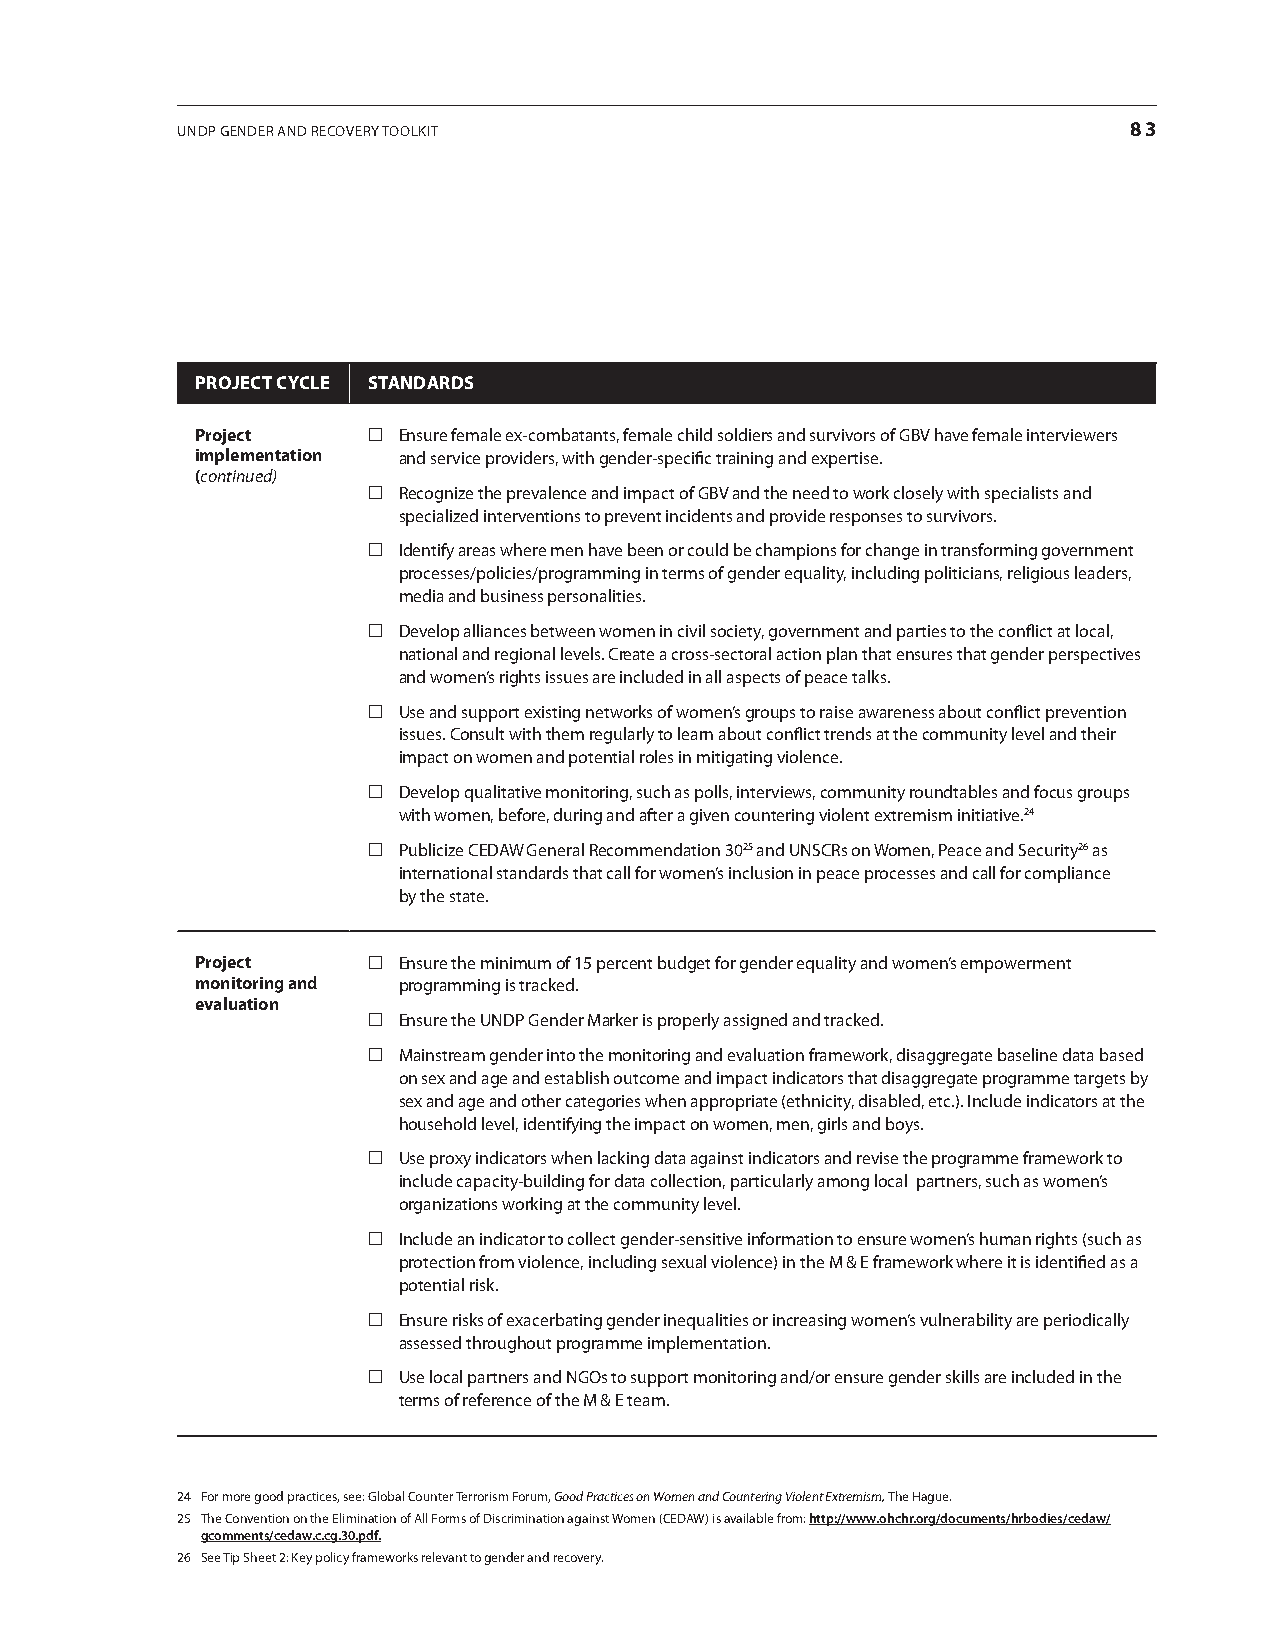
UNDP GENDEr aND rEcovEry toolkit                               83
 projEcT cycLE sTAndArds
 project     Ensure female ex-combatants, female child soldiers and survivors of GBv have female interviewers
 implementation and service providers, with gender-specific training and expertise.
 (continued)
  recognize the prevalence and impact of GBv and the need to work closely with specialists and
 specialized interventions to prevent incidents and provide responses to survivors.
  identify areas where men have been or could be champions for change in transforming government
 processes/policies/programming in terms of gender equality, including politicians, religious leaders,
 media and business personalities.
  Develop alliances between women in civil society, government and parties to the conflict at local,
 national and regional levels. create a cross-sectoral action plan that ensures that gender perspectives
 and women’s rights issues are included in all aspects of peace talks.
  Use and support existing networks of women’s groups to raise awareness about conflict prevention
 issues. consult with them regularly to learn about conflict trends at the community level and their
 impact on women and potential roles in mitigating violence.
  Develop qualitative monitoring, such as polls, interviews, community roundtables and focus groups
 with women, before, during and after a given countering violent extremism initiative.24
  Publicize cEDaW General recommendation 3025 and UNScrs on Women, Peace and Security26 as
 international standards that call for women’s inclusion in peace processes and call for compliance
 by the state.
 project     Ensure the minimum of 15 percent budget for gender equality and women’s empowerment
 monitoring and programming is tracked.
 evaluation
  Ensure the UNDP Gender marker is properly assigned and tracked.
  mainstream gender into the monitoring and evaluation framework, disaggregate baseline data based
 on sex and age and establish outcome and impact indicators that disaggregate programme targets by
 sex and age and other categories when appropriate (ethnicity, disabled, etc.). include indicators at the
 household level, identifying the impact on women, men, girls and boys.
  Use proxy indicators when lacking data against indicators and revise the programme framework to
 include capacity-building for data collection, particularly among local partners, such as women’s
 organizations working at the community level.
  include an indicator to collect gender-sensitive information to ensure women’s human rights (such as
 protection from violence, including sexual violence) in the m & E framework where it is identified as a
 potential risk.
  Ensure risks of exacerbating gender inequalities or increasing women’s vulnerability are periodically
 assessed throughout programme implementation.
  Use local partners and NGos to support monitoring and/or ensure gender skills are included in the
 terms of reference of the m & E team.
 24 For more good practices, see: Global counter terrorism Forum, Good Practices on Women and Countering Violent Extremism, the hague.
 25 the convention on the Elimination of all Forms of Discrimination against Women (cEDaW) is available from: http://www.ohchr.org/documents/hrbodies/cedaw/
 gcomments/cedaw.c.cg.30.pdf.
 26 See tip Sheet 2: key policy frameworks relevant to gender and recovery.